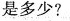
是多少?